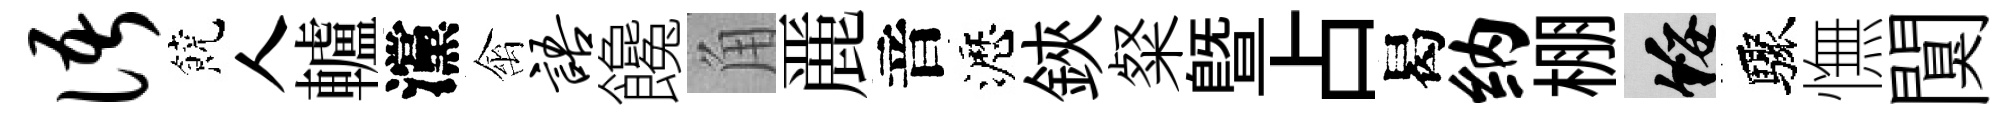
语饒人轤灙禽语饞角䴡音瀝鋏粲暨占曷纳棚綏驟憮闃